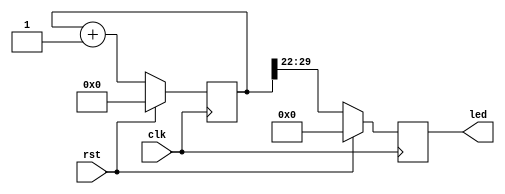
`timescale 1ns / 1ps
//////////////////////////////////////////////////////////////////////////////////
// Company: 
// Engineer: 
// 
// Design Name: 
// Module Name: lab06_3
// Project Name: 
// Target Devices: 
// Tool Versions: 
// Description: 
// 
// Dependencies: 
// 
// Revision:
// Revision 0.01 - File Created
// Additional Comments:
// 
//////////////////////////////////////////////////////////////////////////////////


module lab06_3(
input clk, rst,
output reg [7:0] led);
reg [29:0] r;
always@(posedge clk)
begin
    if(rst)
        begin
            r <= 30'b0;
            led <= 8'h0;
        end
    else
        begin
            r <= r + 30'b1;
            led <= {r[29], r[28], r[27], r[26], r[25], r[24], r[23], r[22]};
        end
end
endmodule